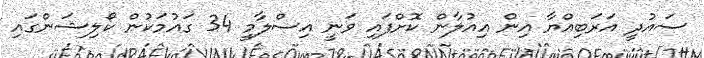
ސައުދީ އަރަބިއްޔާ އިން އިއުލާން ކޮށްފައި ވަނީ އިސްލާމީ 34 ގައުމަކުން ކޯލިޝަންގައި